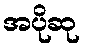
အပိုဆု